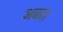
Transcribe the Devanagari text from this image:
अबदा